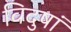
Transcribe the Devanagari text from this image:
विदुषां